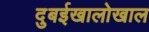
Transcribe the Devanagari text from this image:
दुबईखालोखाल